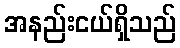
အနည်းငယ်ရှိသည်